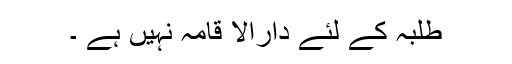
طلبہ کے لئے دارالا قامہ نہیں ہے ۔